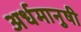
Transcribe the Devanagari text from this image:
अर्धमानुषी